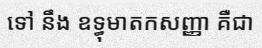
ទៅ នឹង ឧទ្ធុមាតកសញ្ញា គឺជា